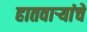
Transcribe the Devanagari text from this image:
हातवार्‍यांचे